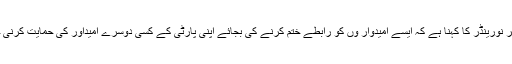
پروفیسر نورینڈر کا کہنا ہے کہ ایسے امیدوار وں کو رابطے ختم کرنے کی بجائے اپنی پارٹی کے کسی دوسرے امیداور کی حمایت کرنی چاہیے۔